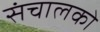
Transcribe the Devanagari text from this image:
संचालको